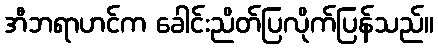
အီဘရာဟင်က ခေါင်းညိတ်ပြလိုက်ပြန်သည်။